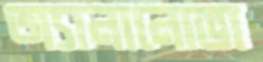
অ্যানানোভা